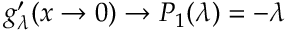
g _ { \lambda } ^ { \prime } ( x \rightarrow 0 ) \rightarrow P _ { 1 } ( \lambda ) = - \lambda